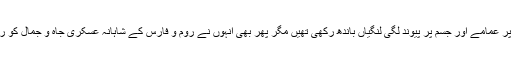
انہوں نے سروں پر عمامے اور جسم پر پیوند لگی لنگیاں باندھ رکھی تھیں مگر پھر بھی انہوں نے روم و فارس کے شاہانہ عسکری جاہ و جمال کو روند کر رکھ دیا ۔